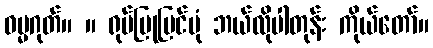
ဓမ္မဂုတ်။ ။ ရုပ်ပြုပြင်ပုံ ဘယ်လိုပါတုန်း ကိုယ်တော်။